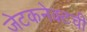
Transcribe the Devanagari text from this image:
जेटकनेक्टची